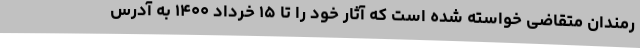
رمندان متقاضی خواسته شده است که آثار خود را تا ۱۵ خرداد ۱۴۰۰ به آدرس